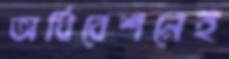
অধিবেশনেই